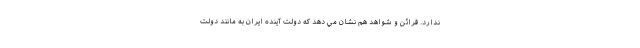
ندارد. قرائن و شواهد هم نشان مي دهد كه دولت آينده ايران به مانند دولت